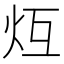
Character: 𪸒